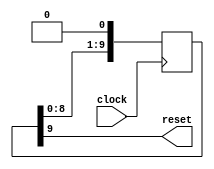
//////////
// Do not edit this file

module auto_reset(
    input clock,
    output reset
);
  reg [9:0] shift_reg = 10'b1111111111;
  
  always @(posedge clock)
    shift_reg <= {shift_reg[8:0], 1'b0};
    
  assign reset = shift_reg[9];
endmodule